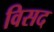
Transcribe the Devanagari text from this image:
विसद